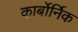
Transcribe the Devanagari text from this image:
कार्बोर्निक